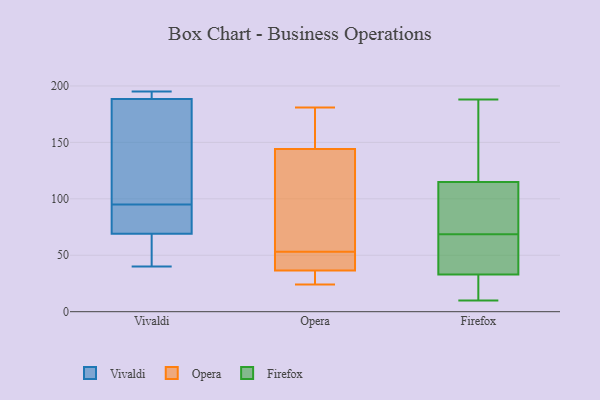
{"axis": {"x": "Budget (USD K)", "y": "Value"}, "legend": ["Firefox", "Opera", "Vivaldi"], "data": [{"x": "", "y": 69, "type": "Vivaldi"}, {"x": "", "y": 86, "type": "Vivaldi"}, {"x": "", "y": 95, "type": "Vivaldi"}, {"x": "", "y": 40, "type": "Vivaldi"}, {"x": "", "y": 173, "type": "Vivaldi"}, {"x": "", "y": 100, "type": "Vivaldi"}, {"x": "", "y": 69, "type": "Vivaldi"}, {"x": "", "y": 193, "type": "Vivaldi"}, {"x": "", "y": 187, "type": "Vivaldi"}, {"x": "", "y": 193, "type": "Vivaldi"}, {"x": "", "y": 92, "type": "Vivaldi"}, {"x": "", "y": 49, "type": "Vivaldi"}, {"x": "", "y": 132, "type": "Vivaldi"}, {"x": "", "y": 194, "type": "Vivaldi"}, {"x": "", "y": 44, "type": "Vivaldi"}, {"x": "", "y": 95, "type": "Vivaldi"}, {"x": "", "y": 195, "type": "Vivaldi"}, {"x": "", "y": 107, "type": "Opera"}, {"x": "", "y": 181, "type": "Opera"}, {"x": "", "y": 41, "type": "Opera"}, {"x": "", "y": 175, "type": "Opera"}, {"x": "", "y": 31, "type": "Opera"}, {"x": "", "y": 24, "type": "Opera"}, {"x": "", "y": 109, "type": "Opera"}, {"x": "", "y": 30, "type": "Opera"}, {"x": "", "y": 127, "type": "Opera"}, {"x": "", "y": 53, "type": "Opera"}, {"x": "", "y": 49, "type": "Opera"}, {"x": "", "y": 67, "type": "Opera"}, {"x": "", "y": 35, "type": "Opera"}, {"x": "", "y": 167, "type": "Opera"}, {"x": "", "y": 44, "type": "Opera"}, {"x": "", "y": 41, "type": "Opera"}, {"x": "", "y": 170, "type": "Opera"}, {"x": "", "y": 24, "type": "Opera"}, {"x": "", "y": 150, "type": "Opera"}, {"x": "", "y": 23, "type": "Firefox"}, {"x": "", "y": 16, "type": "Firefox"}, {"x": "", "y": 188, "type": "Firefox"}, {"x": "", "y": 180, "type": "Firefox"}, {"x": "", "y": 75, "type": "Firefox"}, {"x": "", "y": 58, "type": "Firefox"}, {"x": "", "y": 94, "type": "Firefox"}, {"x": "", "y": 62, "type": "Firefox"}, {"x": "", "y": 10, "type": "Firefox"}, {"x": "", "y": 130, "type": "Firefox"}, {"x": "", "y": 47, "type": "Firefox"}, {"x": "", "y": 83, "type": "Firefox"}, {"x": "", "y": 115, "type": "Firefox"}, {"x": "", "y": 33, "type": "Firefox"}, {"x": "", "y": 57, "type": "Firefox"}, {"x": "", "y": 15, "type": "Firefox"}, {"x": "", "y": 90, "type": "Firefox"}, {"x": "", "y": 140, "type": "Firefox"}]}